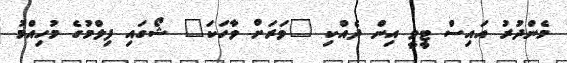
މެންދުރު އައިސް ޓީވީ އިން ދެއްކި "ވަރަށް ވާހަކަ" ޝޯގައި ފިލްމުގެ މުހިއްމު